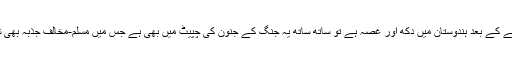
پلواما حملے کے بعد ہندوستان میں دکھ اور غصہ ہے تو ساتھ ساتھ یہ جنگ کے جنون کی چپیٹ میں بھی ہے جس میں مسلم-مخالف جذبہ بھی شامل ہے۔